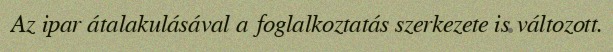
Az ipar átalakulásával a foglalkoztatás szerkezete is változott.